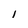
Character: I